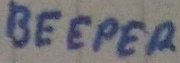
Text: BEEPER